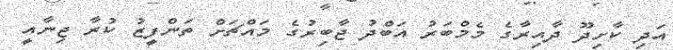
އަދި ކާށިދޫ ދާއިރާގެ މެމްބަރު އަބްދު ޖާބިރުގެ މައްޗަށް ތަންފީޒު ކުރާ ޖިނާއީ